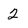
Character: 2